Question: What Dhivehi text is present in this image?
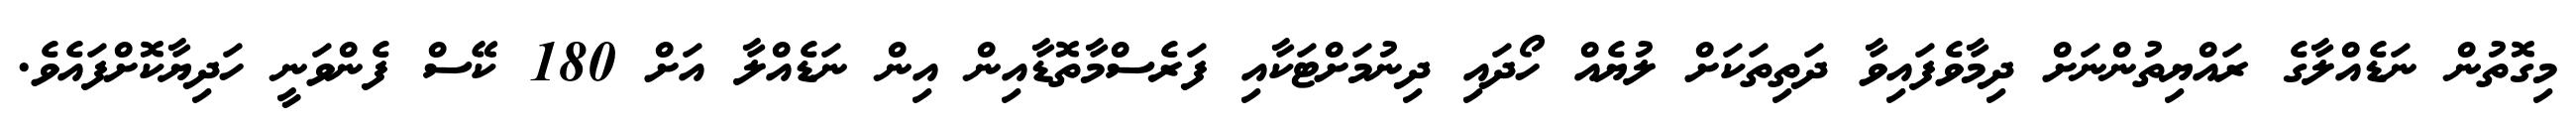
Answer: މިގޮތުން ނަޑެއްލާގެ ރައްޔިތުންނަށް ދިމާވެފައިވާ ދަތިތަކަށް ލުޔެއް ހޯދައި ދިނުމަށްޓަކާއި ފަރެސްމާތޮޑާއިން އިން ނަޑެއްލާ އަށް 180 ކޭސް ފެންވަނީ ހަދިޔާކޮށްފައެވެ.